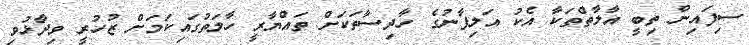
ސިފައިން ތިބީ އާލާތްތަކާ އެކު އަލިފާނުގެ ހާދިސާތަކަށް ތައްޔާރީ ހާލަތުގައިކަމަށް ޒުހުރީ ވިދާޅުވި